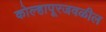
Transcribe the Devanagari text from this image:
कोल्हापूरजवळील